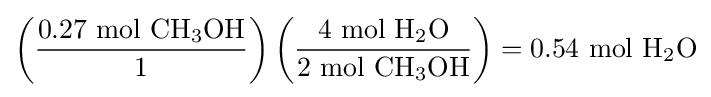
\left({\frac {0.27{\mbox{ mol }}\mathrm {CH_{3}OH} }{1}}\right)\left({\frac {4{\mbox{ mol }}\mathrm {H_{2}O} }{2{\mbox{ mol }}\mathrm {CH_{3}OH} }}\right)=0.54\ {\text{mol }}\mathrm {H_{2}O}